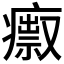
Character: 𤺅